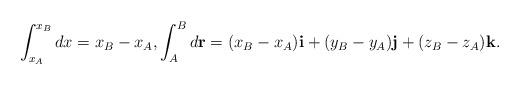
LaTeX: \begin{align*}\int_{x_{A}}^{x_{B}}dx=x_{B}-x_{A},\int_{A}^{B}d\mathbf{r}=(x_{B}-x_{A})\mathbf{i}+(y_{B}-y_{A})\mathbf{j}+(z_{B}-z_{A})\mathbf{k}.\end{align*}